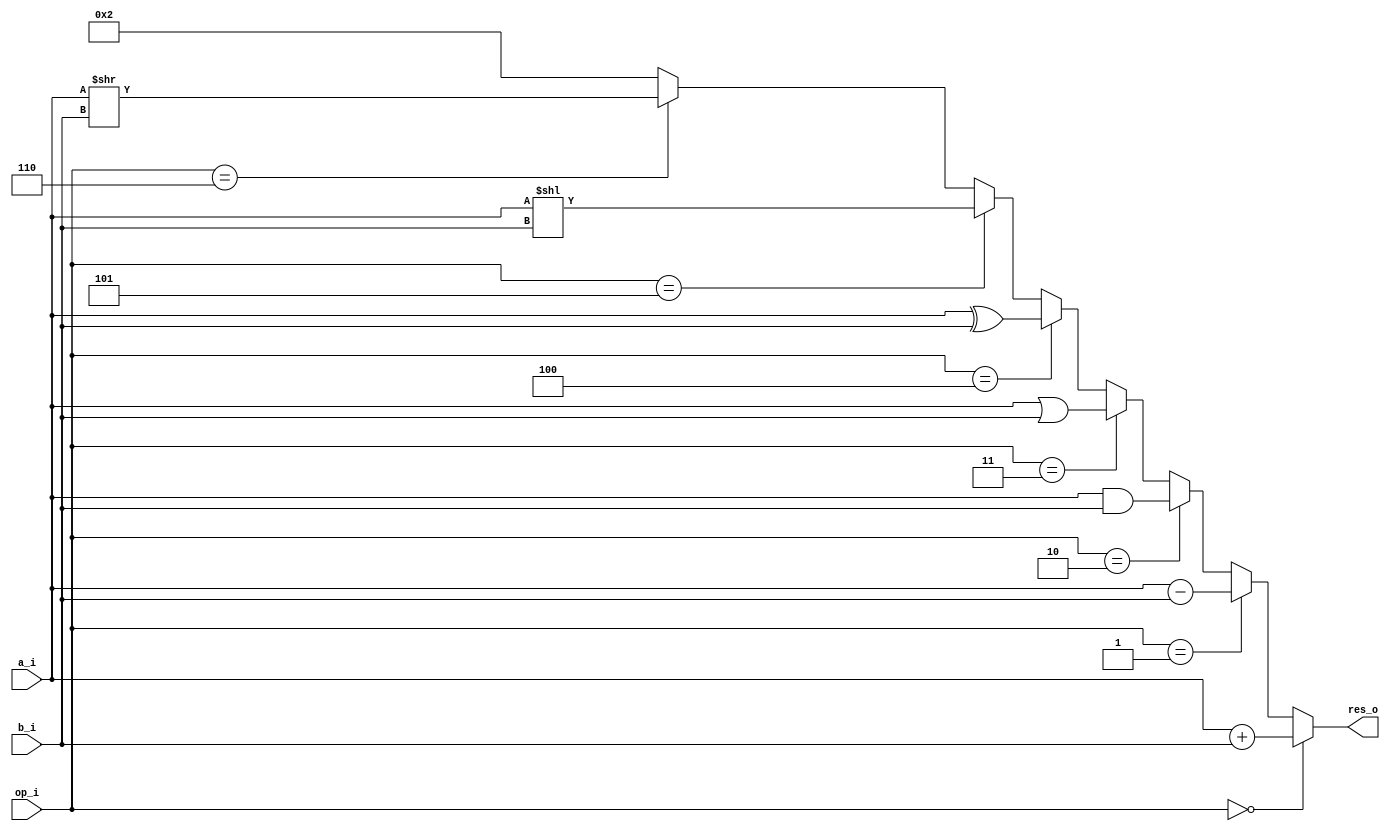
module alu(a_i,b_i,op_i,res_o);
    input wire [7:0] a_i;
    input wire [7:0] b_i;
    input wire [2:0] op_i;
    output reg [7:0] res_o;

    always @(*)
        begin
            if (op_i == 3'b000) begin
                res_o  = a_i + b_i;
            end
            else if (op_i == 3'b001) begin
                res_o = a_i - b_i;
            end
            else if (op_i == 3'b010) begin
                res_o = a_i & b_i;
            end
            else if (op_i == 3'b011) begin
                res_o = a_i | b_i;
            end
            else if (op_i == 3'b100) begin
                res_o = a_i ^ b_i;
            end
            else if (op_i == 3'b101) begin
                res_o = a_i << b_i;
            end
            else if (op_i == 3'b110) begin
                res_o = a_i >> b_i;
            end
            else begin
                res_o = 8'b00000010;
            end
        end

endmodule